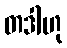
တဒါဟု